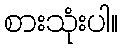
စားသုံးပါ။